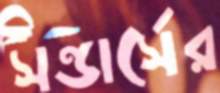
সন্ডার্সের